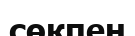
сөкпен